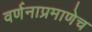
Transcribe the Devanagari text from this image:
वर्णनाप्रमाणेच